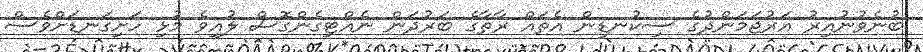
ބުނެވުނުއިރު އަރުޖަމަންދުގެ ސިކުނޑިން އެތައް ރާތާގެ ބަރުދަން ނެއްޓިގެންގޮސް ލުއިވެ މުޅި ހަށިގަނޑަށްވެސް